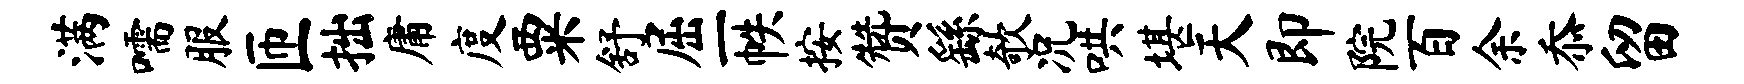
满嚅服匝拙庸度粟舒屈一帙按赞繇欹况哄堪天即院百余忝留